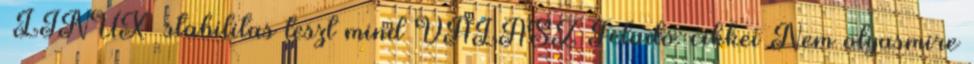
LINUX stabilitas teszt mind VÁLASZ Feladó: cikkei Nem olyasmire